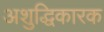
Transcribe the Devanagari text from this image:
अशुद्धिकारक